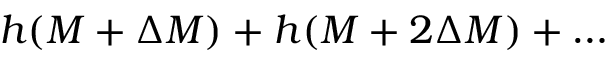
h ( M + \Delta M ) + h ( M + 2 \Delta M ) + \ldots